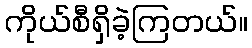
ကိုယ်စီရှိခဲ့ကြတယ်။